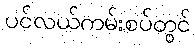
ပင်လယ်ကမ်းစပ်တွင်